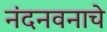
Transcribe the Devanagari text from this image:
नंदनवनाचे